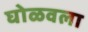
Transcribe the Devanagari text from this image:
घोळवला